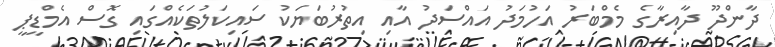
ދާންދޫ ދާއިރާގެ މެމްބަރު އަހުމަދު އައްސަދު އާއި އިތުރުބަޔަކު ސައިކަލުތަކެއްގައި ގޮސް އެމްޑީޕީ